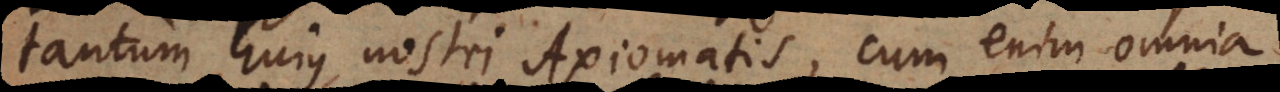
tantum hujus nostri Axiomatis, cum enim omnia